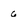
Character: 6